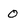
Character: 0